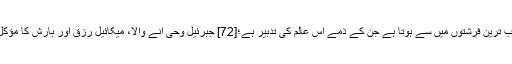
جبرئیل کا ایک برگزیدہ فرشتہ ہے اور اس کا شمار ان مقرب ترین فرشتوں میں سے ہوتا ہے جن کے ذمے اس عالم کی تدبیر ہے؛[72] جبرئیل وحی انے والا، میکائیل رزق اور بارش کا مؤکل، اسرافیل صور پھونکنے اور عزرائیل موت کا فرشتہ ہے۔